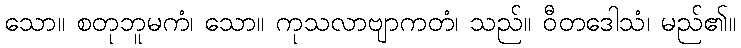
သော။ စတုဘူမကံ၊ သော။ ကုသလာဗျာကတံ၊ သည်။ ဝီတဒေါသံ၊ မည်၏။